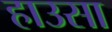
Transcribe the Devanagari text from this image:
हाउसा